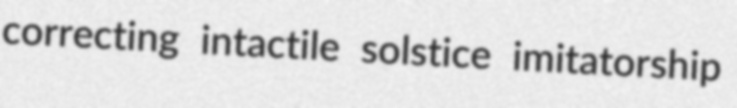
correcting intactile solstice imitatorship